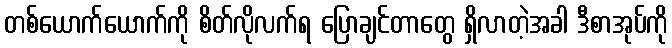
တစ်ယောက်ယောက်ကို စိတ်လိုလက်ရ ပြောချင်တာတွေ ရှိလာတဲ့အခါ ဒီစာအုပ်ကို